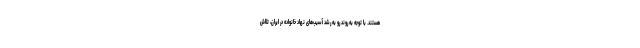
هستند. با توجه به روند رو به رشد آسیب‌های نهاد خانواده در ایران، تلاش